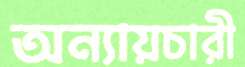
অন্যায়চারী